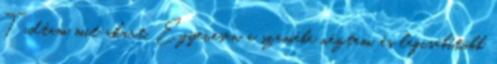
Tudtam mit akart. Egyenesen a szemébe néztem, és legcsábítóbb